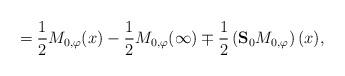
LaTeX: \begin{align*}=\frac{1}{2} {M}_{0,\varphi}(x) - \frac{1}{2} {M}_{0,\varphi}(\infty) \mp \frac{1}{2} \left({\bf S}_{0} {M}_{0,\varphi}\right)(x),\end{align*}